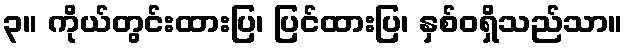
၃။ ကိုယ်တွင်းထားပြ၊ ပြင်ထားပြ၊ နှစ်ဝရှိသည်သာ။